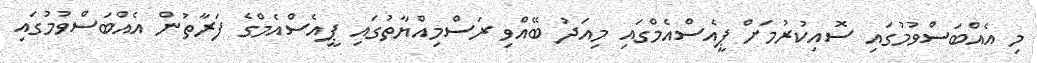
މި އެއްބަސްވުމުގައި ސޮއިކުރުމަށް ޕީއެސްއެމްގައި މިއަދު ބޭއްވި ރަސްމިއްޔާތުގައި ޕީއެސްއެމްގެ ފަރާތުން އެއްބަސްވުމުގައި